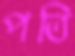
পতি